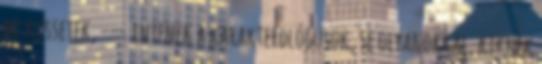
ne kössetek, --- intenek a karakterológusok, se olyanokkal, kiknek